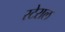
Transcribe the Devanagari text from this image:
स्टेराल